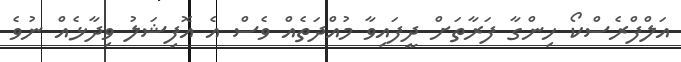
އަލްފްރެސްކޯ ހިންގާ ފަރާތަށް ދީފައިވާ މުއްދަތެއް ވެސް އެ އޮފިޝަލު ވިދާޅެއް ނުވެ